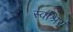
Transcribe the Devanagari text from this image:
स्वश्रियं